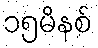
၁၅မိနစ်